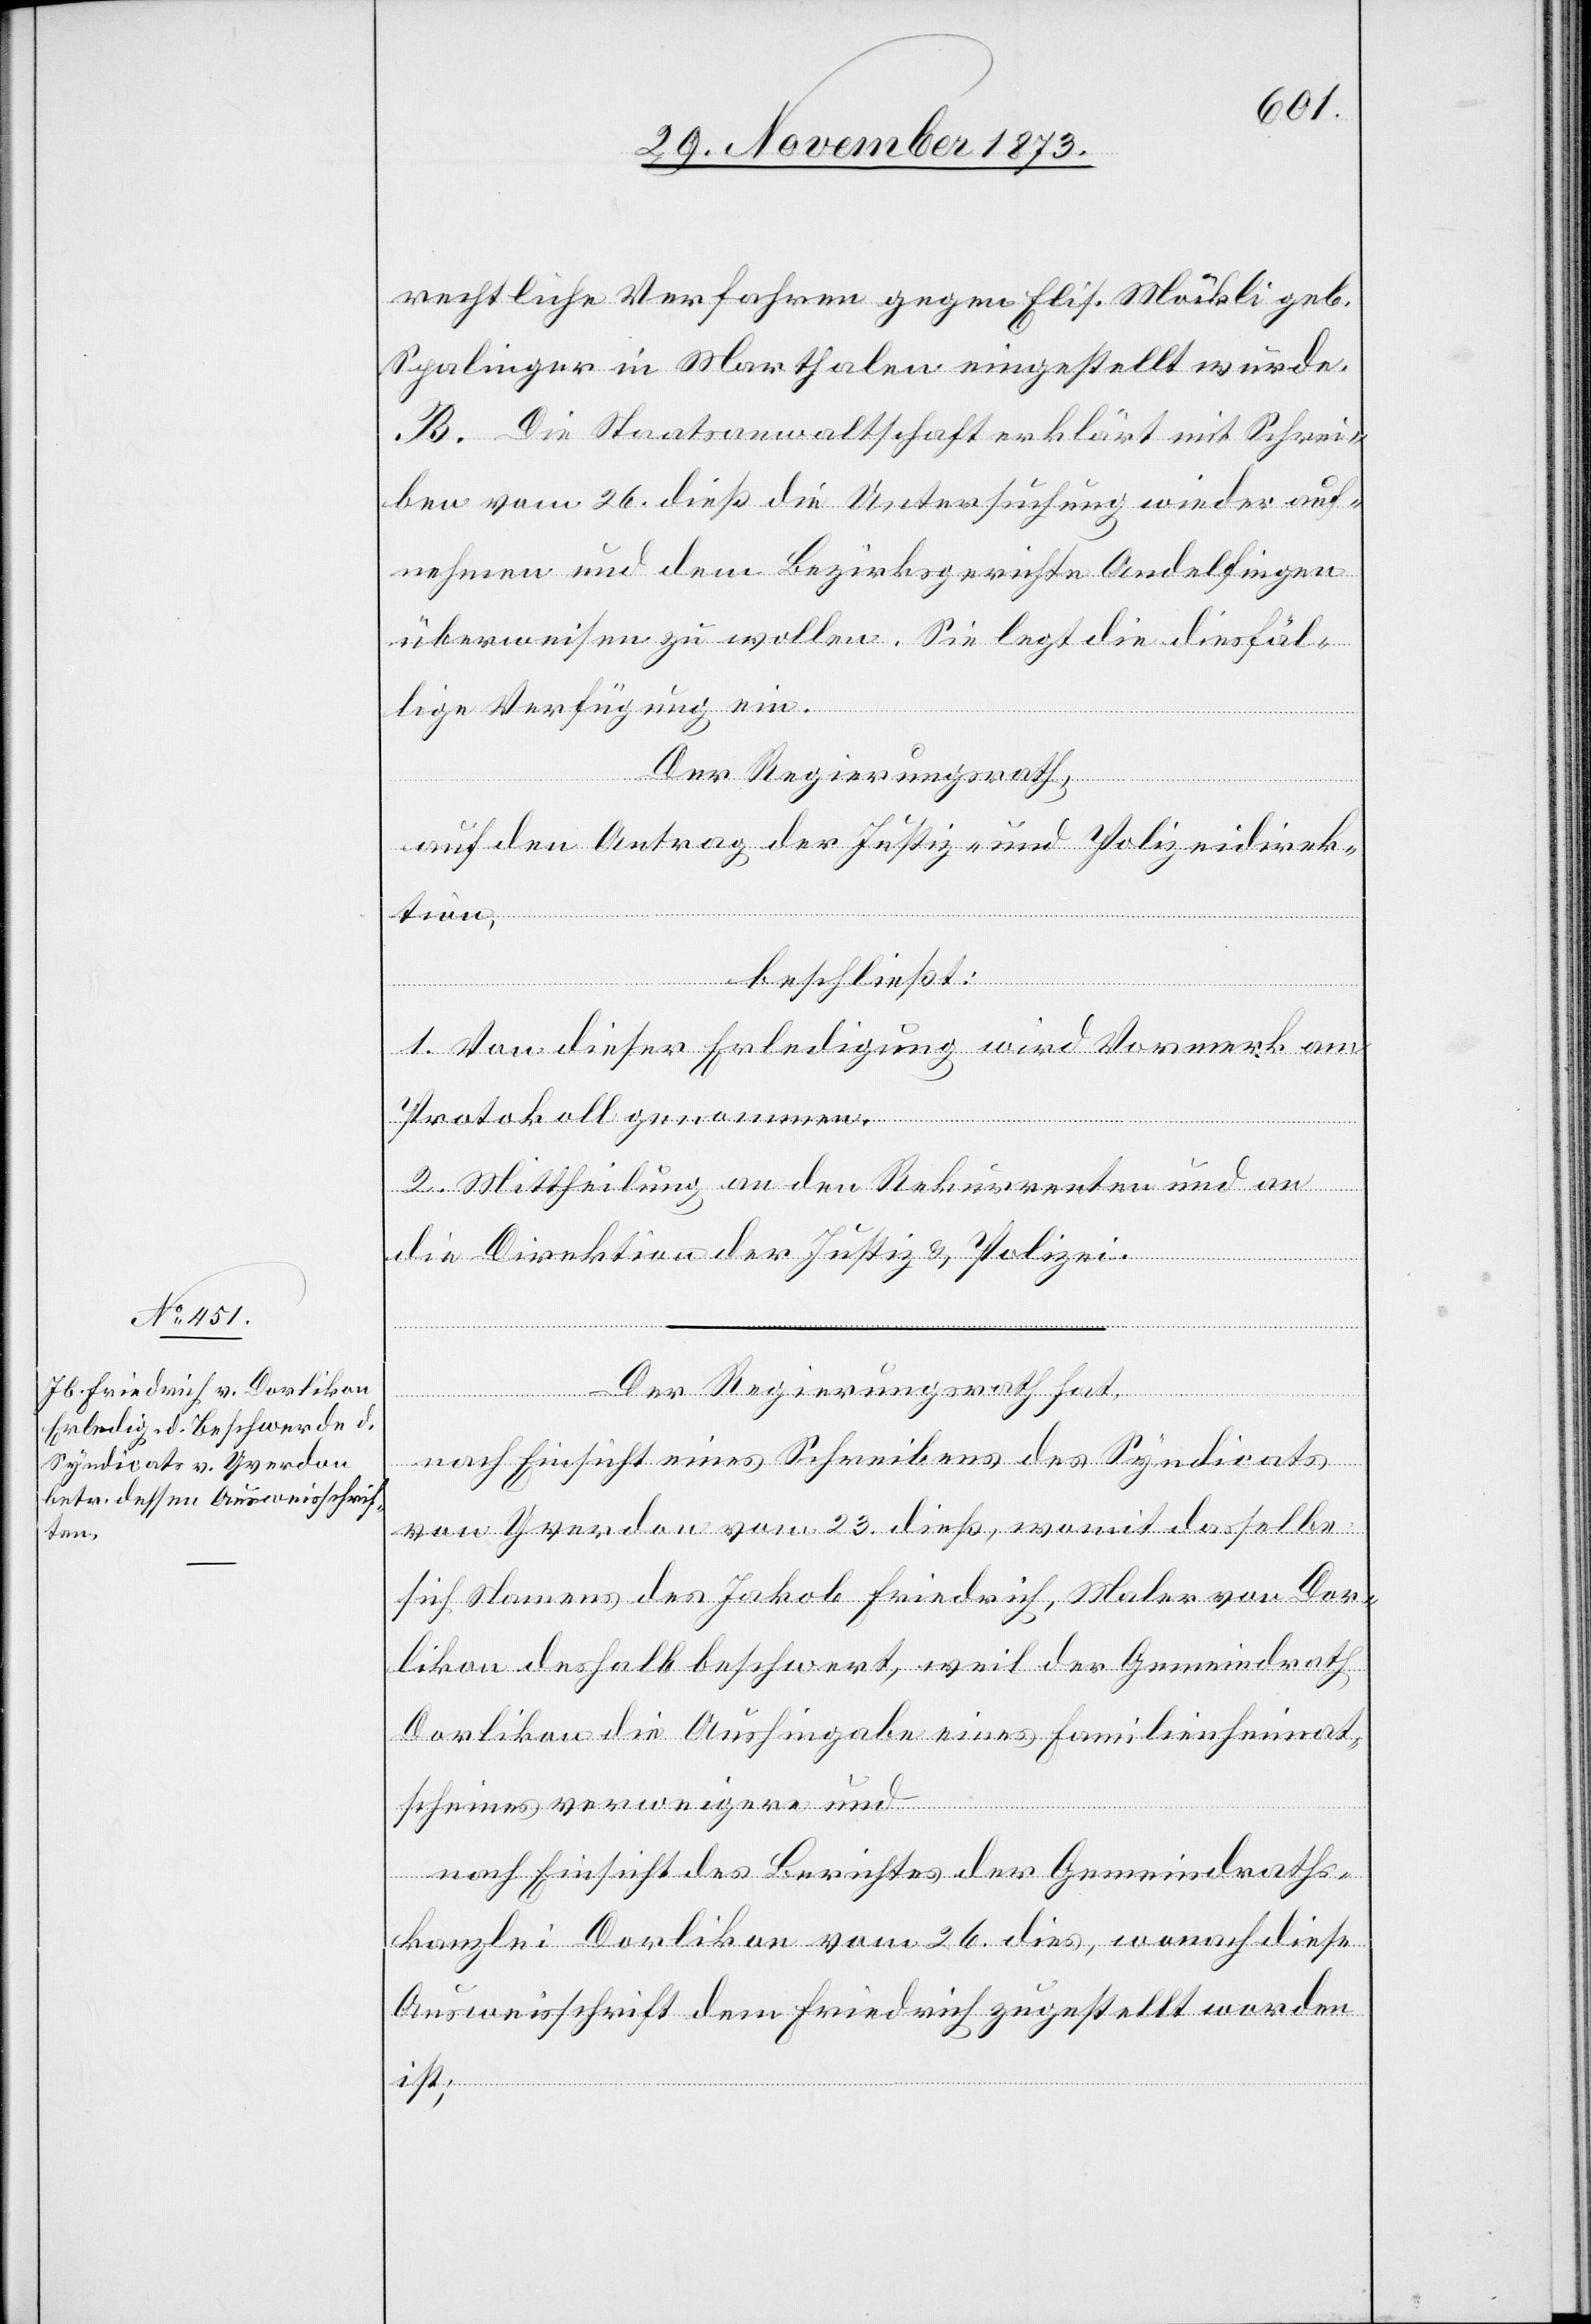
rechtliche Verfahren gegen Elis. Möckli geb.
Spalinger in Marthalen eingestellt wurde.
B. Die Staatsanwaltschaft erklärt mit Schrei¬
ben vom 26. dieß die Untersuchung wieder auf¬
nehmen und dem Bezirksgerichte Andelfingen
überweisen zu wollen. Sie legt die diesfäl¬
lige Verfügung ein.
Der Regierungsrath,
auf den Antrag der Justiz- und Polizeidirek¬
tion,
beschließt:
1. Von dieser Erledigung wird Vormerk am
Protokoll genommen.
2. Mittheilung an den Rekurrenten und an
die Direktion der Justiz & Polizei.
Der Regierungsrath hat,
nach Einsicht eines Schreibens des Syndicats
von Yverdon vom 23. dieß, womit dasselbe
sich Namens des Jakob Friedrich, Maler von Dor¬
likon deshalb beschwert, weil der Gemeindrath
Dorlikon die Aushingabe eines Familienheimat¬
scheines verweigere und
nach Einsicht des Berichtes der Gemeindraths¬
kanzlei Dorlikon vom 26. dies, wonach diese
Ausweisschrift dem Friedrich zugestellt worden
ist;